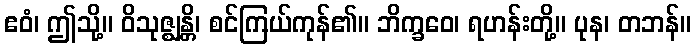
ဧဝံ၊ ဤသို့။ ဝိသုဇ္ဈန္တိ၊ စင်ကြယ်ကုန်၏။ ဘိက္ခဝေ၊ ရဟန်းတို့။ ပုန၊ တဘန်။